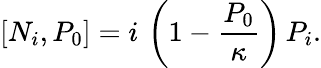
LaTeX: \left[N_{i},P_{0}\right]=i\, \left(1-{\frac{P_{0}}{\kappa}}\right)\, P_{i}.